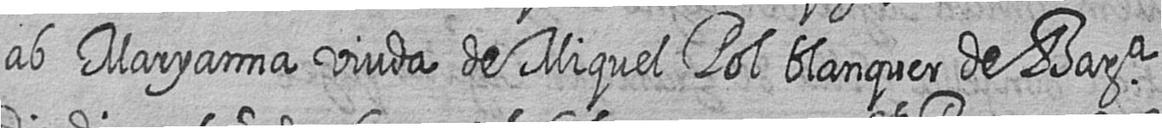
ab Maryanna viuda de Miquel Pol blanquer de Bara